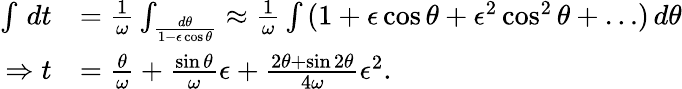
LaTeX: \begin{array}{rl}{\int\, dt}&{=\frac{1}{\omega}\int_\frac{d\theta}{1-\epsilon\cos\theta}\approx\frac{1}{\omega}\int\, (1+\epsilon\cos\theta+\epsilon^{2}\cos^{2}\theta+\ldots)\, d\theta}\\ {\Rightarrow t}&{=\frac{\theta}{\omega}+\frac{\sin\theta}{\omega}\epsilon+\frac{2\theta+\sin 2\theta}{4\omega}\epsilon^{2}.}\end{array}